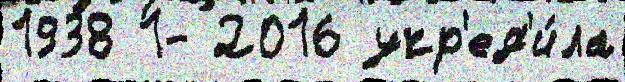
1938 1- 2016 учр'ед'и́ла